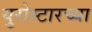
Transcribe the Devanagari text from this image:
युरोस्टारच्या